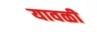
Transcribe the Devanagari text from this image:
यावळी